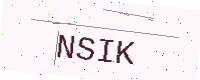
Text: NSIK